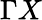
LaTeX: \Gamma X